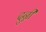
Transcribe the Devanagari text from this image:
दुन्नी